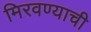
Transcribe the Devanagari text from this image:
मिरवण्याची